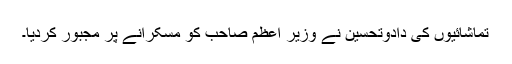
تماشائیوں کی دادوتحسین نے وزیر اعظم صاحب کو مسکرانے پر مجبور کردیا۔